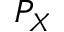
P _ { X }